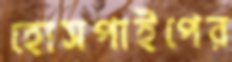
হোসপাইপের